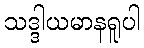
သဒ္ဒါယမာနရူပါ